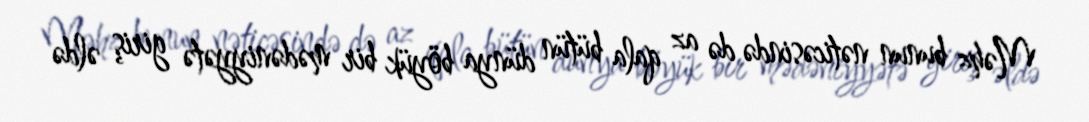
Məhz bunun nəticəsində də az qala bütün dünya böyük bir mədəniyyətə giriş əldə